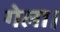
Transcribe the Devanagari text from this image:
गेला।